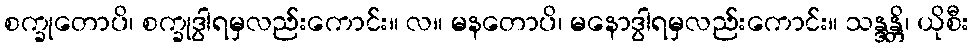
စက္ခုတောပိ၊ စက္ခုဒွါရမှလည်းကောင်း။ လ။ မနတောပိ၊ မနောဒွါရမှလည်းကောင်း။ သန္ဒန္တိ၊ ယိုစီး